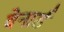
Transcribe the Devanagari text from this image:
वेनार्ड